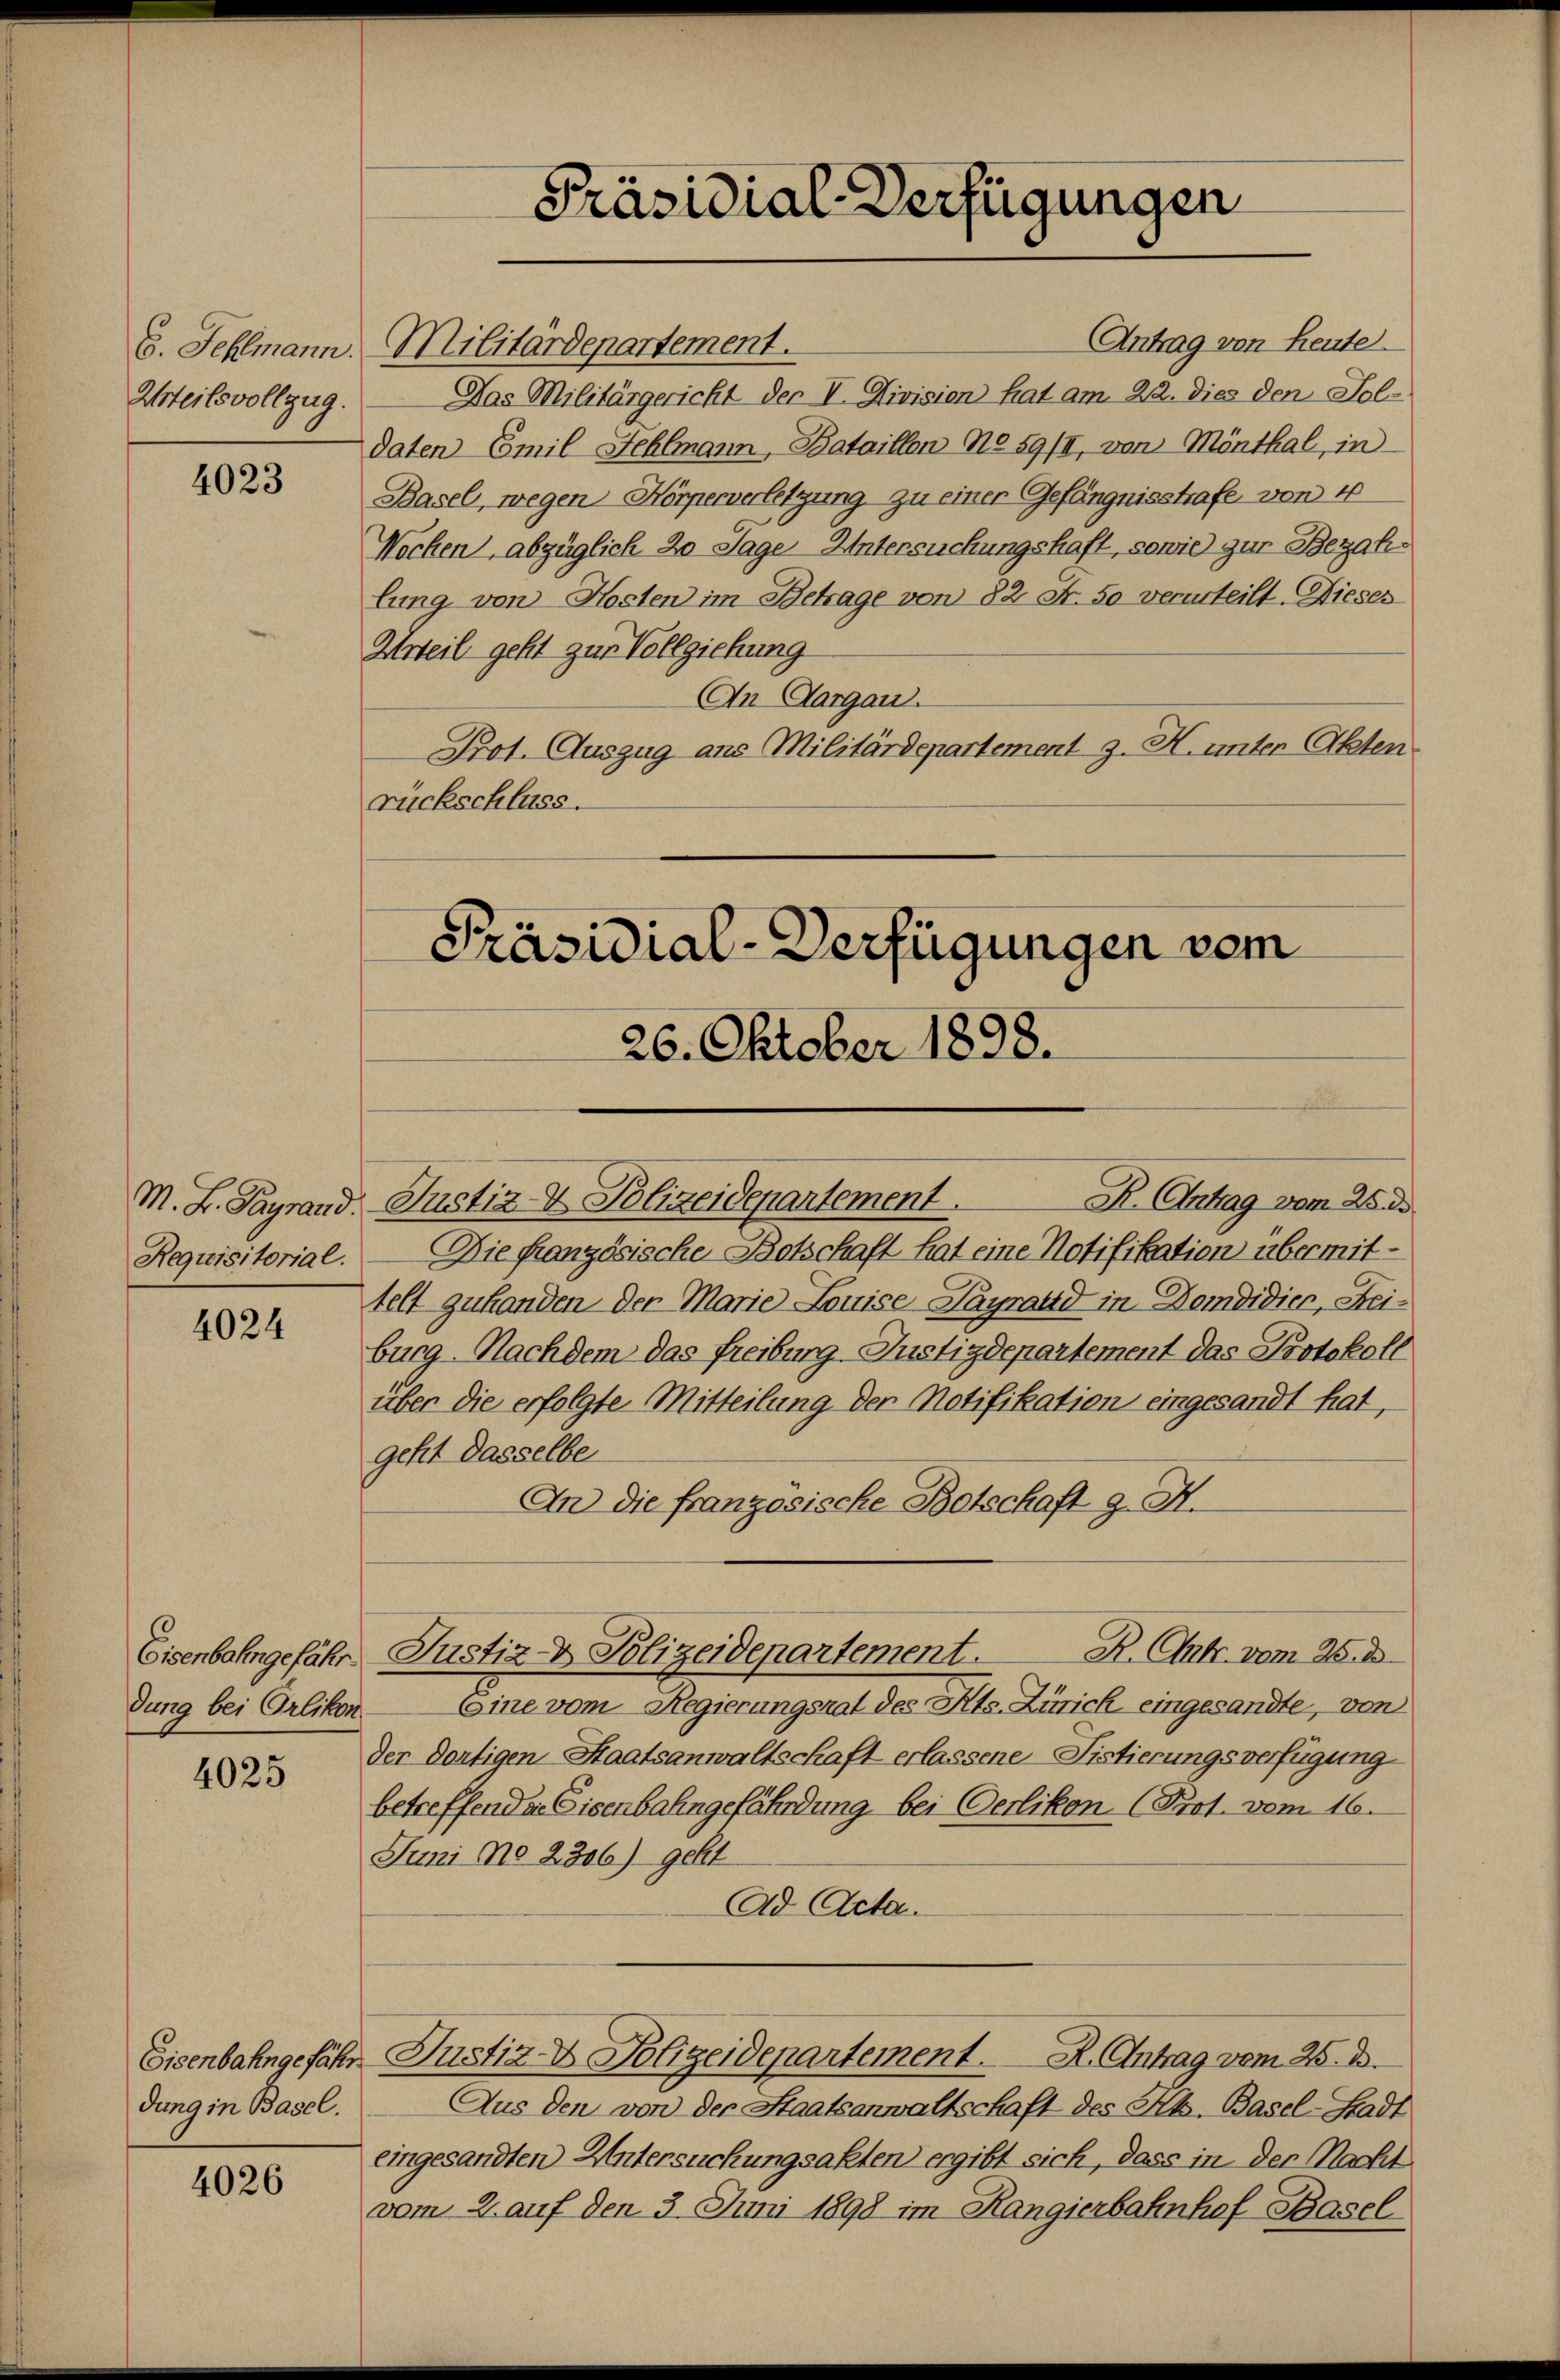
Urteilsvollzug.

4023

M. L. Payrand
Requisitorial.

4024

Eisenbahngefähr.
dung bei Orlikon

4025

dung in Basel.

4026

Antrag von Heute
6. Fehlmann. Militärdepartement.
Das Militärgericht der V. Division hat am 22. dies den Foldaten Emil Fehlmann, Bataillen No 59/I, von Mönthal, in
Basel, wegen Hörperverletzung zu einer Gefängnisstrafe von 4
Wochen, abzüglich 20 Tage Untersuchungshaft, sowie zur Bezahlung von Kosten im Betrage von 82 Fr. 50 verurteilt. Dieses
Urteil geht zur Vollziehung
An Aargau.
Prot. Auszug aus Militärdepartement z. H. unter Akten.
rückschluss.

Präsidial-Verfügungen

Präsidial-Verfügungen vom

26. Oktober 1898.

Justiz- & Polizeidepartement.
Die französische Botschaft hat eine Notifikation übermittelt zuhanden der Marie Louise Payrand in Domdidier, Heiburg-Nachdem das Freiburg-Justizdepartement das Protokoll
über die erfolgte Mitteilung der Notifikation eingesandt hat,
geht dasselbe
An die französische Botschaft g. A.
R. Aufr. vom 26. ds.
Justiz- & Polizeidepartement.
Eine vom Regierungsrat des Kts. Zürich eingesandte, von
der dortigen Staatsanwaltschaft erlassene Fistierungsverfügung
betreffender Eisenbahngefährdung bei Oerlikon (Prot. vom 16.
Juni No 2306) geht
Ad Acta.

R. Antrag vom 25. ds.

Eisenbahngefähr Justiz- & Polizeidepartement. R. Antrag vom 25. d.

Aus den von der Staatsanwaltschaft des Jb. Basel-Stadt
eingesandten Untersuchungsakten ergibt sich, dass in der Nacht
vom 2. auf den 3 Juni 1898 im Rangierbahnhof Basel